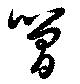
簡